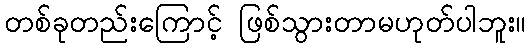
တစ်ခုတည်းကြောင့် ဖြစ်သွားတာမဟုတ်ပါဘူး။